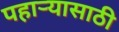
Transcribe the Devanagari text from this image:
पहार्‍यासाठी